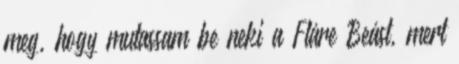
meg, hogy mutassam be neki a Fláre Beást, mert